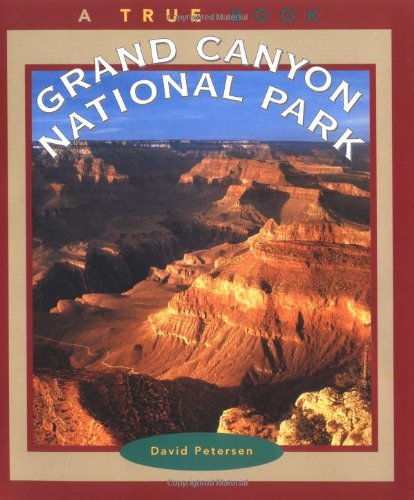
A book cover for Grand Canyon National Park (True Books: National Parks); David Petersen; Children's Books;